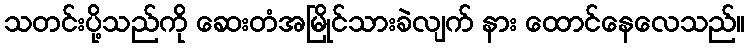
သတင်းပို့သည်ကို ဆေးတံအမြိုင်သားခဲလျက် နား ထောင်နေလေသည်။